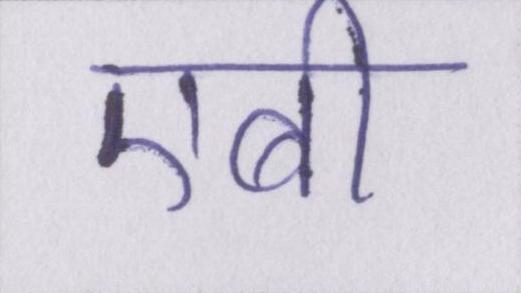
एबी